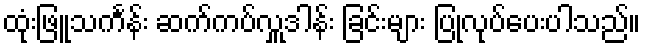
ထုံးဖြူသင်္ကန်း ဆက်ကပ်လှူဒါန်း ခြင်းများ ပြုလုပ်ပေးပါသည်။